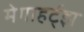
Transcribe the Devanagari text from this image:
मेगाहर्ट्झ